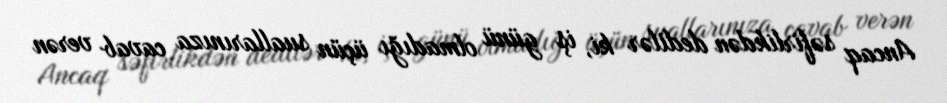
Ancaq səfirlikdən dedilər ki, iş günü olmadığı üçün suallarınıza cavab verən